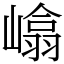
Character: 嶖